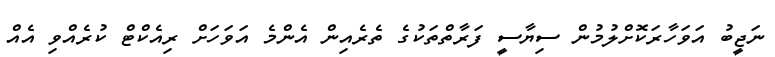
ނަޖީބު އަވަހާރަކޮށްލުމުން ސިޔާސީ ފަރާތްތަކުގެ ތެރެއިން އެންމެ އަވަހަށް ރިއެކްޓް ކުރެއްވި އެއް